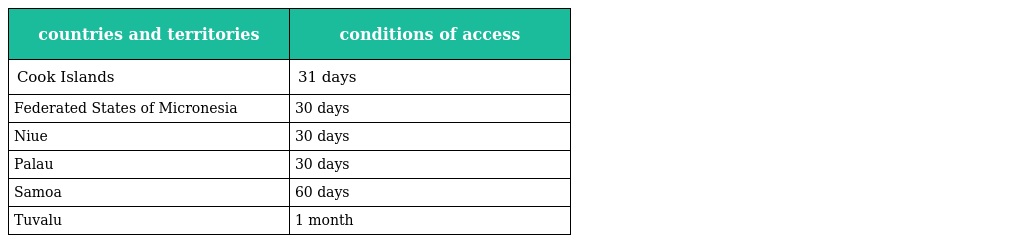
| countries and territories | conditions of access |
 | --- | --- |
 | Cook Islands | 31 days |
 | Federated States of Micronesia | 30 days |
 | Niue | 30 days |
 | Palau | 30 days |
 | Samoa | 60 days |
 | Tuvalu | 1 month |